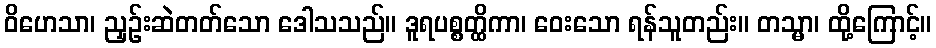
ဝိဟေသာ၊ ညှဉ်းဆဲတတ်သော ဒေါသသည်။ ဒူရပစ္စတ္ထိကာ၊ ဝေးသော ရန်သူတည်း။ တသ္မာ၊ ထို့ကြောင့်။